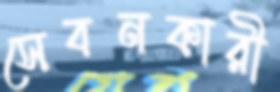
সেবনকারী